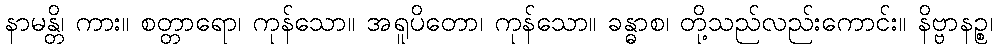
နာမန္တိ၊ ကား။ စတ္တာရော၊ ကုန်သော။ အရူပိတော၊ ကုန်သော။ ခန္ဓာစ၊ တို့သည်လည်းကောင်း။ နိဗ္ဗာနဉ္စ၊